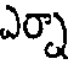
ఎర్నా